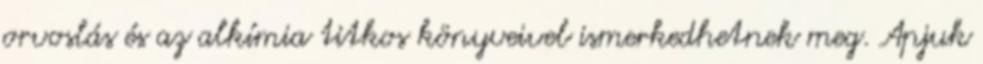
orvoslás és az alkímia titkos könyveivel ismerkedhetnek meg. Apjuk